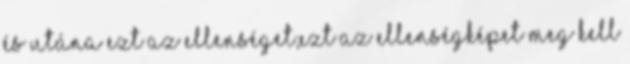
és utána ezt az ellenséget,ezt az ellenségképet meg kell